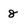
Character: 8